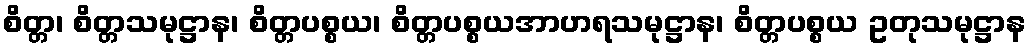
စိတ္တ၊ စိတ္တသမုဋ္ဌာန၊ စိတ္တပစ္စယ၊ စိတ္တပစ္စယအာဟရသမုဋ္ဌာန၊ စိတ္တပစ္စယ ဥတုသမုဋ္ဌာန